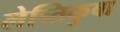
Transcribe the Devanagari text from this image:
लेच्तिकुवा